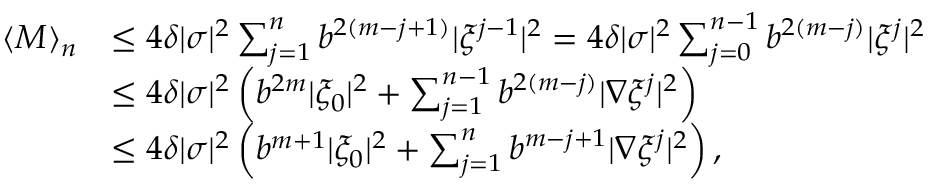
\begin{array} { r l } { \langle M \rangle _ { n } } & { \leq 4 \delta | \sigma | ^ { 2 } \sum _ { j = 1 } ^ { n } b ^ { 2 ( m - j + 1 ) } | \xi ^ { j - 1 } | ^ { 2 } = 4 \delta | \sigma | ^ { 2 } \sum _ { j = 0 } ^ { n - 1 } b ^ { 2 ( m - j ) } | \xi ^ { j } | ^ { 2 } } \\ & { \leq 4 \delta | \sigma | ^ { 2 } \left( b ^ { 2 m } | \xi _ { 0 } | ^ { 2 } + \sum _ { j = 1 } ^ { n - 1 } b ^ { 2 ( m - j ) } | \nabla \xi ^ { j } | ^ { 2 } \right) } \\ & { \leq 4 \delta | \sigma | ^ { 2 } \left( b ^ { m + 1 } | \xi _ { 0 } | ^ { 2 } + \sum _ { j = 1 } ^ { n } b ^ { m - j + 1 } | \nabla \xi ^ { j } | ^ { 2 } \right) , } \end{array}